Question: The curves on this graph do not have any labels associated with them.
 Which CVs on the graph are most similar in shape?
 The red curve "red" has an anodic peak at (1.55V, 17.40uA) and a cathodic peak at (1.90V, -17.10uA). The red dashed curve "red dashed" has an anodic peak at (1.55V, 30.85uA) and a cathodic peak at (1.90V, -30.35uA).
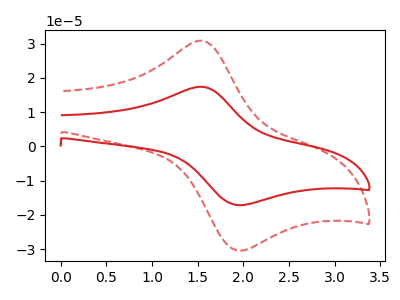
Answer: <think>All the peaks in "red" have a peak in "red dashed" at the same potential. Every peak in "red" is lower than every peak in "red dashed".
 </think>
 <answer>"red dashed" and "red" have the same shape and are likely CV's of the same chemical.</answer>
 <eval>"red dashed" "red"</eval>